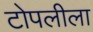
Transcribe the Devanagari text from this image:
टोपलीला